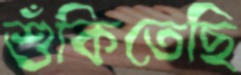
শুঁকিতেছি